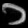
Digit: ၁